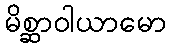
မိစ္ဆာဝါယာမော